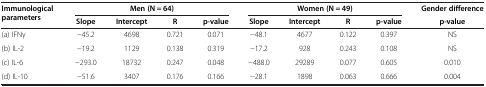
<table><thead><tr><td rowspan="2"><b>Immunological parameters</b></td><td colspan="4"><b>Men (N = 64)</b></td><td colspan="4"><b>Women (N = 49)</b></td><td><b>Gender difference</b></td></tr><tr><td><b>Slope</b></td><td><b>Intercept</b></td><td><b>R</b></td><td><b>p-value</b></td><td><b>Slope</b></td><td><b>Intercept</b></td><td><b>R</b></td><td><b>p-value</b></td><td><b>p-value</b></td></tr></thead><tbody><tr><td>(a) IFNγ</td><td>−45.2</td><td>4698</td><td>0.721</td><td>0.071</td><td>−48.1</td><td>4677</td><td>0.122</td><td>0.397</td><td>NS</td></tr><tr><td>(b) IL-2</td><td>−19.2</td><td>1129</td><td>0.138</td><td>0.319</td><td>−17.2</td><td>928</td><td>0.243</td><td>0.108</td><td>NS</td></tr><tr><td>(c) IL-6</td><td>−293.0</td><td>18732</td><td>0.247</td><td>0.048</td><td>−488.0</td><td>29289</td><td>0.077</td><td>0.605</td><td>0.010</td></tr><tr><td>(d) IL-10</td><td>−51.6</td><td>3407</td><td>0.176</td><td>0.166</td><td>−28.1</td><td>1898</td><td>0.063</td><td>0.666</td><td>0.004</td></tr></tbody></table>